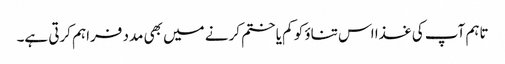
تاہم آپ کی غذا اس تناؤ کو کم یا ختم کرنے میں بھی مدد فراہم کرتی ہے۔